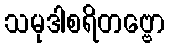
သမုဒါစရိတဗ္ဗော